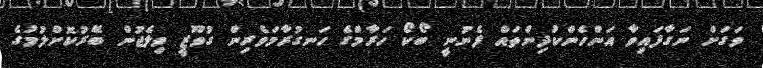
ވަގަށް ނަގާފައިވާ އަންހެންކުދިންތައް ފެނުނީ ބޯކޯ ހަރާމްގެ ހަނގުރާމަވެރިން ގުވޫޒީ ވިލެޖުން ބޭރުކޮށްލުމުގެ